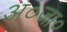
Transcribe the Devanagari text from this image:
अ०जा०